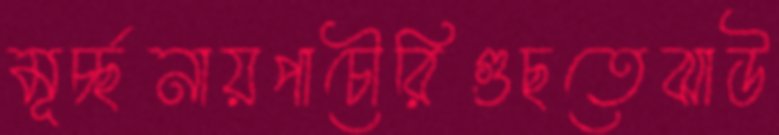
মূর্চ্ছনায়পাচৌরিগুছতেঝাউ